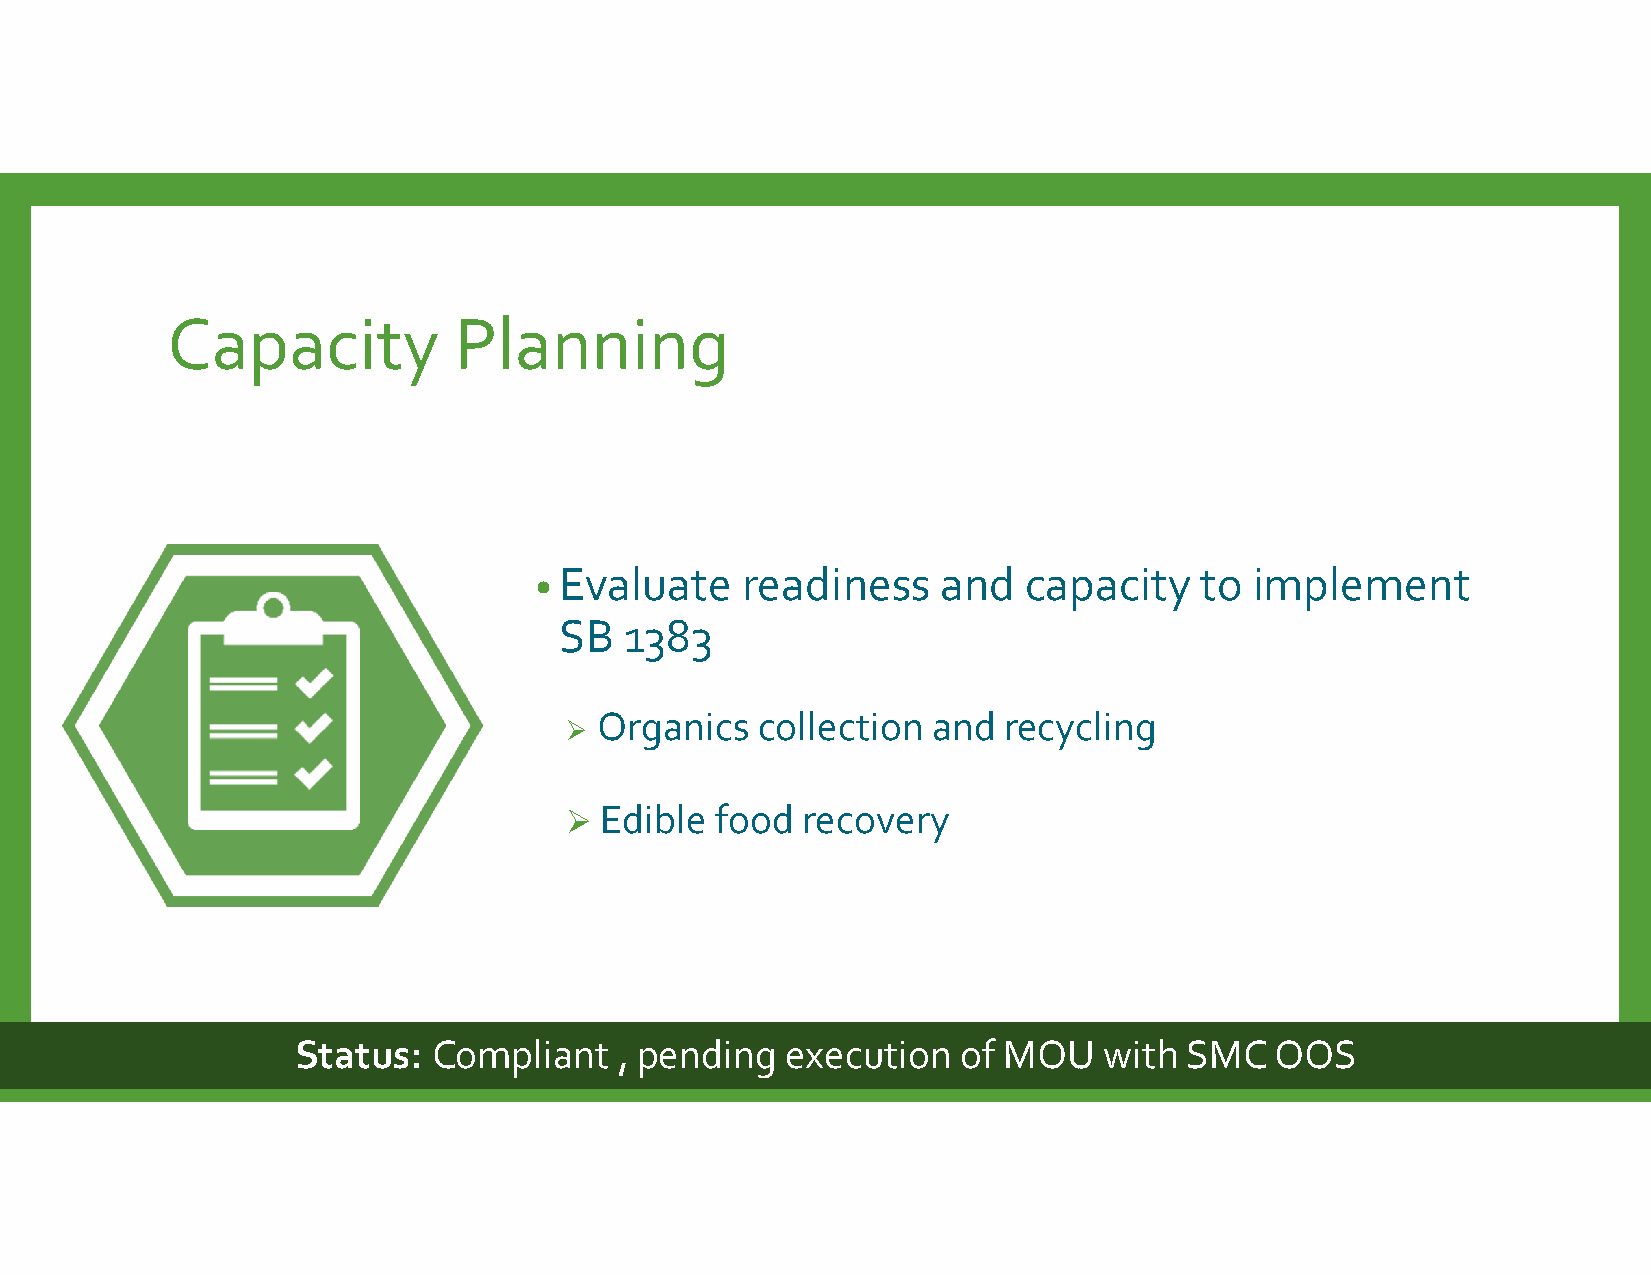
Capacity           Planning
 Evaluate    readiness    and   capacity   to  implement
 •
 SB  1383
 Organics  collection  and recycling
 
   Edible food  recovery
 Status:   Compliant   , pending  execution   of MOU   with SMC   OOS